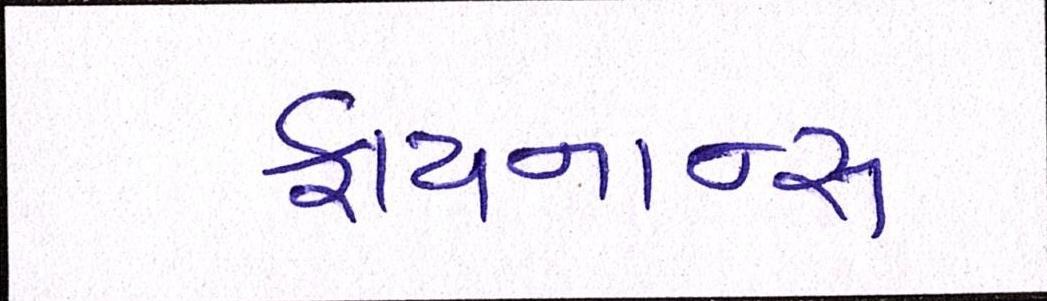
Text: ફાયનાન્સ